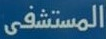
المستشفى